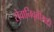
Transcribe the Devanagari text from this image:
सेवानिवृत्तीसाठी